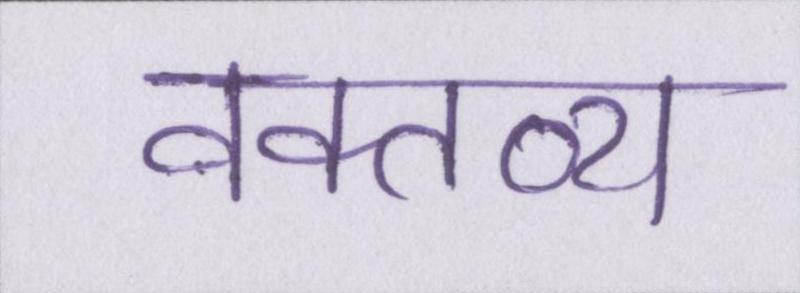
वक्तव्य